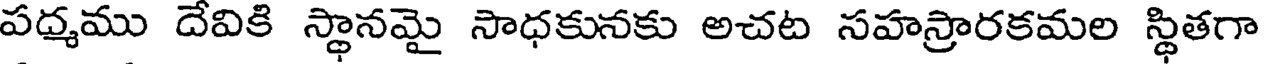
పద్మము దేవికి స్థానమై సాధకునకు అచట సహస్రారకమల స్థితగా